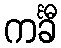
ကင်္ခီ